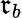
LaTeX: \mathfrak{r}_{b}